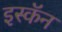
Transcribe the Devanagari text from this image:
इस्कॅन